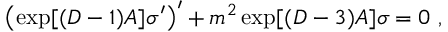
\left( \exp [ ( D - 1 ) A ] \sigma ^ { \prime } \right) ^ { \prime } + m ^ { 2 } \exp [ ( D - 3 ) A ] \sigma = 0 ~ ,